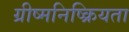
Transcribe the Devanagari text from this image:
ग्रीष्मनिष्क्रियता